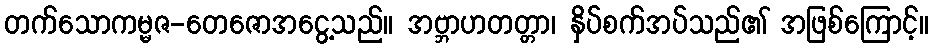
တက်သောကမ္မဇ-တေဇောအငွေ့သည်။ အဗ္ဘာဟတတ္တာ၊ နှိပ်စက်အပ်သည်၏ အဖြစ်ကြောင့်။